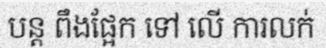
បន្ត ពឹងផ្អែក ទៅ លើ ការលក់